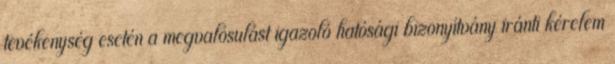
tevékenység esetén a megvalósulást igazoló hatósági bizonyítvány iránti kérelem